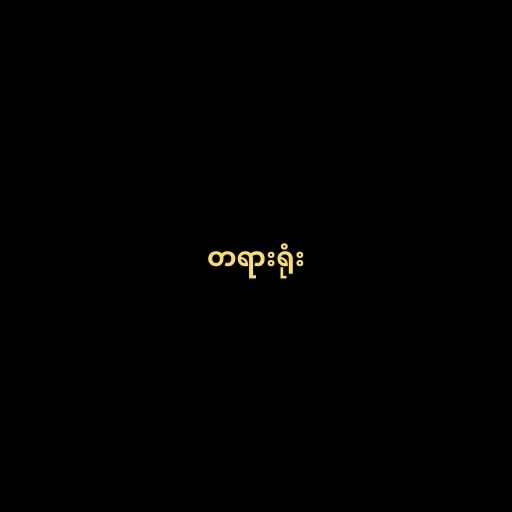
တရားရုံး